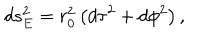
d s _ { E } ^ { 2 } = r _ { 0 } ^ { 2 } \left( d \tau ^ { 2 } + d \phi ^ { 2 } \right) ,